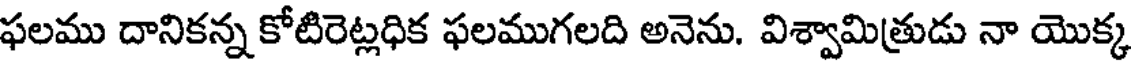
ఫలము దానికన్న కోటిరెట్లధిక ఫలముగలది అనెను. విశ్వామిత్రుడు నా యొక్క